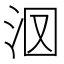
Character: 𣲷